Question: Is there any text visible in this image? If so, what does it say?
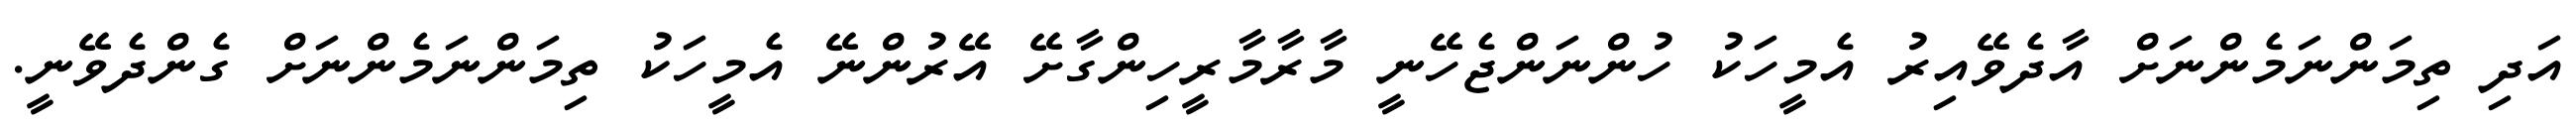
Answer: އަދި ތިމަންނަމެންނަށް އާދެވޭއިރު އެމީހަކު ހުންނަންޖެހޭނީ މާރާމާރީހިންގާށޭ އޭރުންނޭ އެމީހަކު ތިމަންނަމެންނަށް ގެންދެވޭނީ.